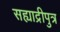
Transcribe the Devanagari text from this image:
सह्याद्रीपुत्र